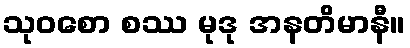
သုဝစော စဿ မုဒု အနတိမာနီ။